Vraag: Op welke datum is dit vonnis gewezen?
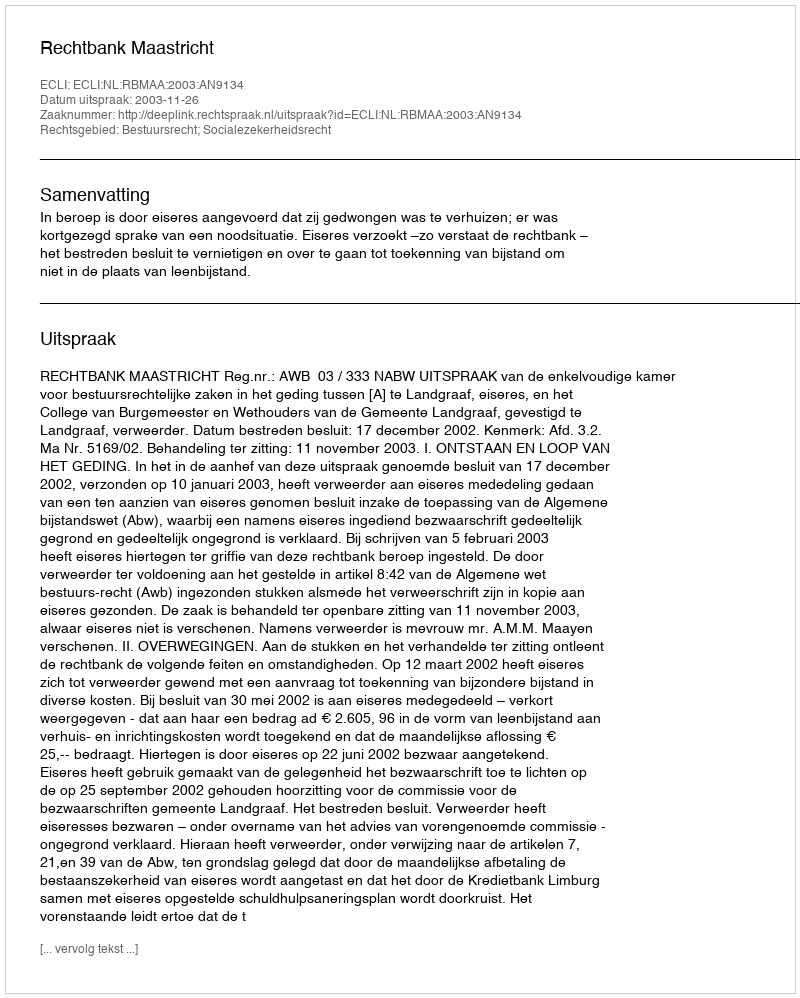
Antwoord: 2003-11-26